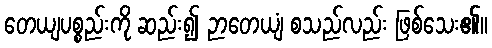
တေယျပစ္စည်းကို ဆည်း၍ ဉာတေယျံ စသည်လည်း ဖြစ်သေး၏။